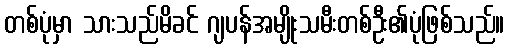
တစ်ပုံမှာ သားသည်မိခင် ဂျပန်အမျိုးသမီးတစ်ဦး၏ပုံဖြစ်သည်။